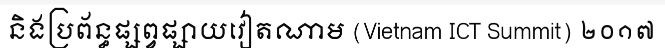
និងប្រព័ន្ធផ្សព្វផ្សាយវៀតណាម (Vietnam ICT Summit) ២០១៧